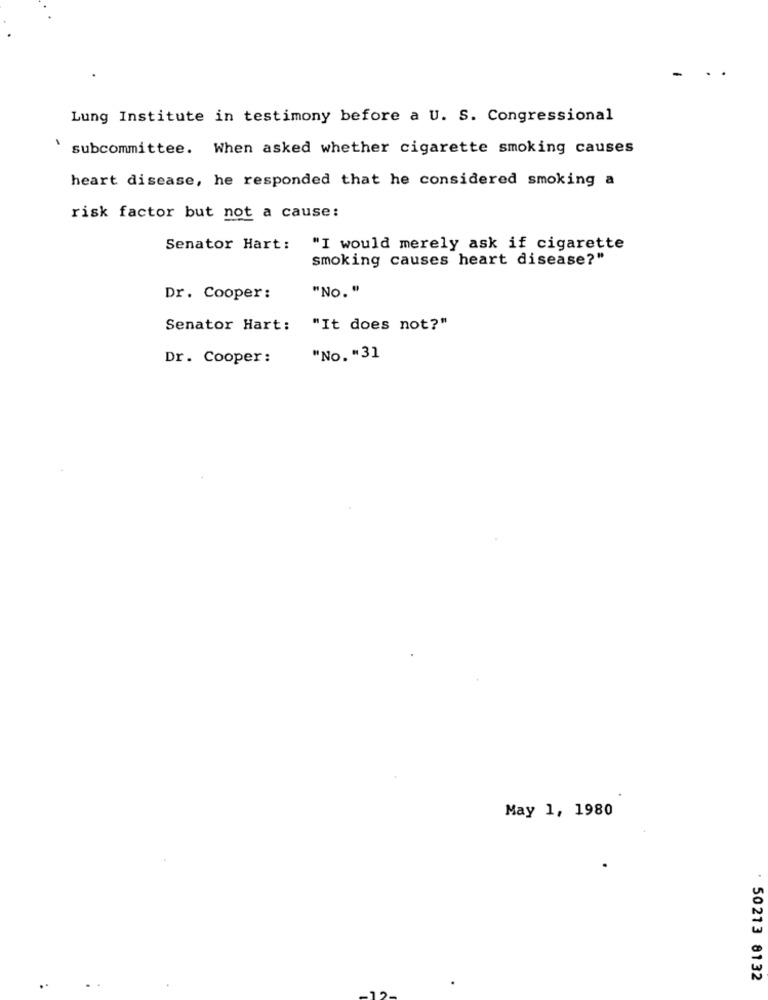
-
Lung Institute in testimony before a U. S. Congressional
subcommittee. When asked whether cigarette smoking causes
heart disease, he responded that he considered smoking a
risk factor but not a cause:
Senator Hart: "I would merely ask if cigarette
smoking causes heart disease?"
Dr. Cooper:
"No. "
Senator Hart:
"It does not?"
Dr. Cooper:
"No. "31
May 1, 1980
50213 8132